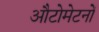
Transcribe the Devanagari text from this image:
औटोमेटनों